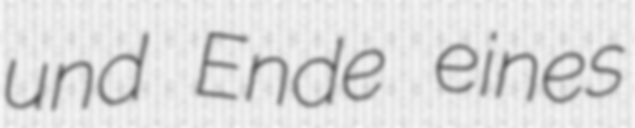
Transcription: und Ende eines